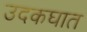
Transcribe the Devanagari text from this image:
उदकघात